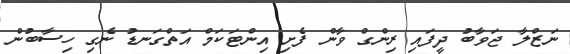
ނަޒްލާ ޖަވާބު ދީފައި ރިންގް ވާން ފެށި އިންޓަކަމް އަތްގަނޑު ނެގި ހިސާބުން